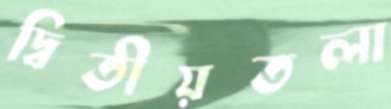
দ্বিতীয়তলা